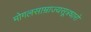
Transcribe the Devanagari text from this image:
मोगलसाम्राज्यसूत्रधारो